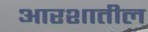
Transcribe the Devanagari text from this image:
आरशातील